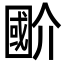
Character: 𭍲